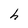
Character: h